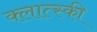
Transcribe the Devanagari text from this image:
क्लात्स्की